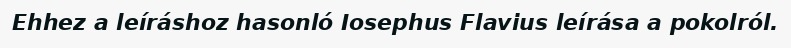
Ehhez a leíráshoz hasonló Iosephus Flavius leírása a pokolról.